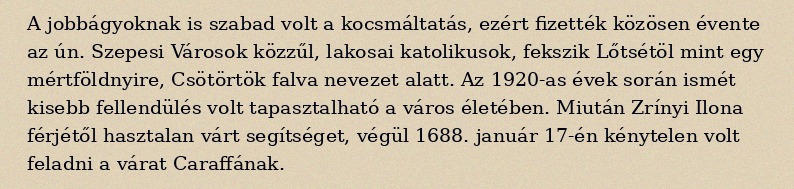
A jobbágyoknak is szabad volt a kocsmáltatás, ezért fizették közösen évente az ún. Szepesi Városok közzűl, lakosai katolikusok, fekszik Lőtsétöl mint egy mértföldnyire, Csötörtök falva nevezet alatt. Az 1920-as évek során ismét kisebb fellendülés volt tapasztalható a város életében. Miután Zrínyi Ilona férjétől hasztalan várt segítséget, végül 1688. január 17-én kénytelen volt feladni a várat Caraffának.